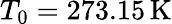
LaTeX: T_{0}=273.15\, \mathrm{K}